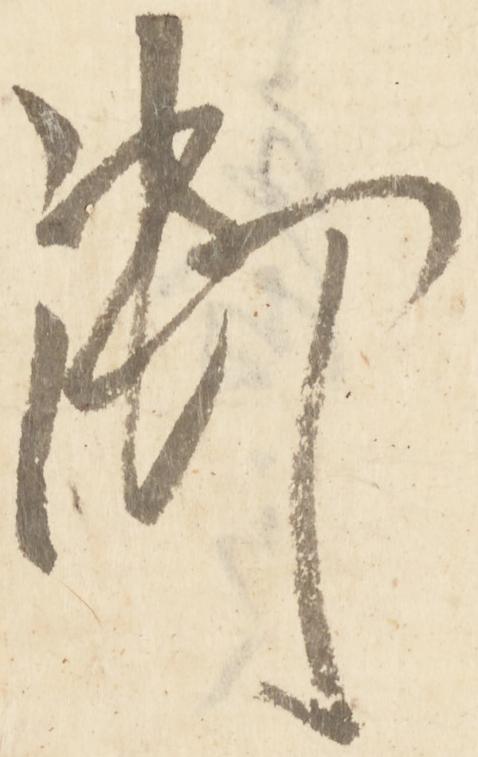
御